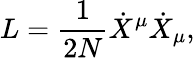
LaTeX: L=\frac{1}{2N}{\dot{X}}^{\mu}{\dot{X}}_{\mu},